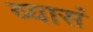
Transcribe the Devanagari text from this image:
व्यासं